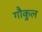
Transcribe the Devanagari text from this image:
गौकुल